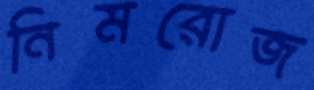
নিমরোজ